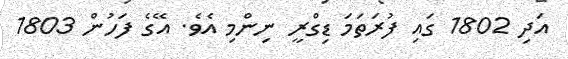
އަދި 1802 ގައި ފުރަތަމަ ޑިގްރީ ނިންމި އެވެ. އޭގެ ފަހުން 1803